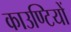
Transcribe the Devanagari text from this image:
काउण्टियों